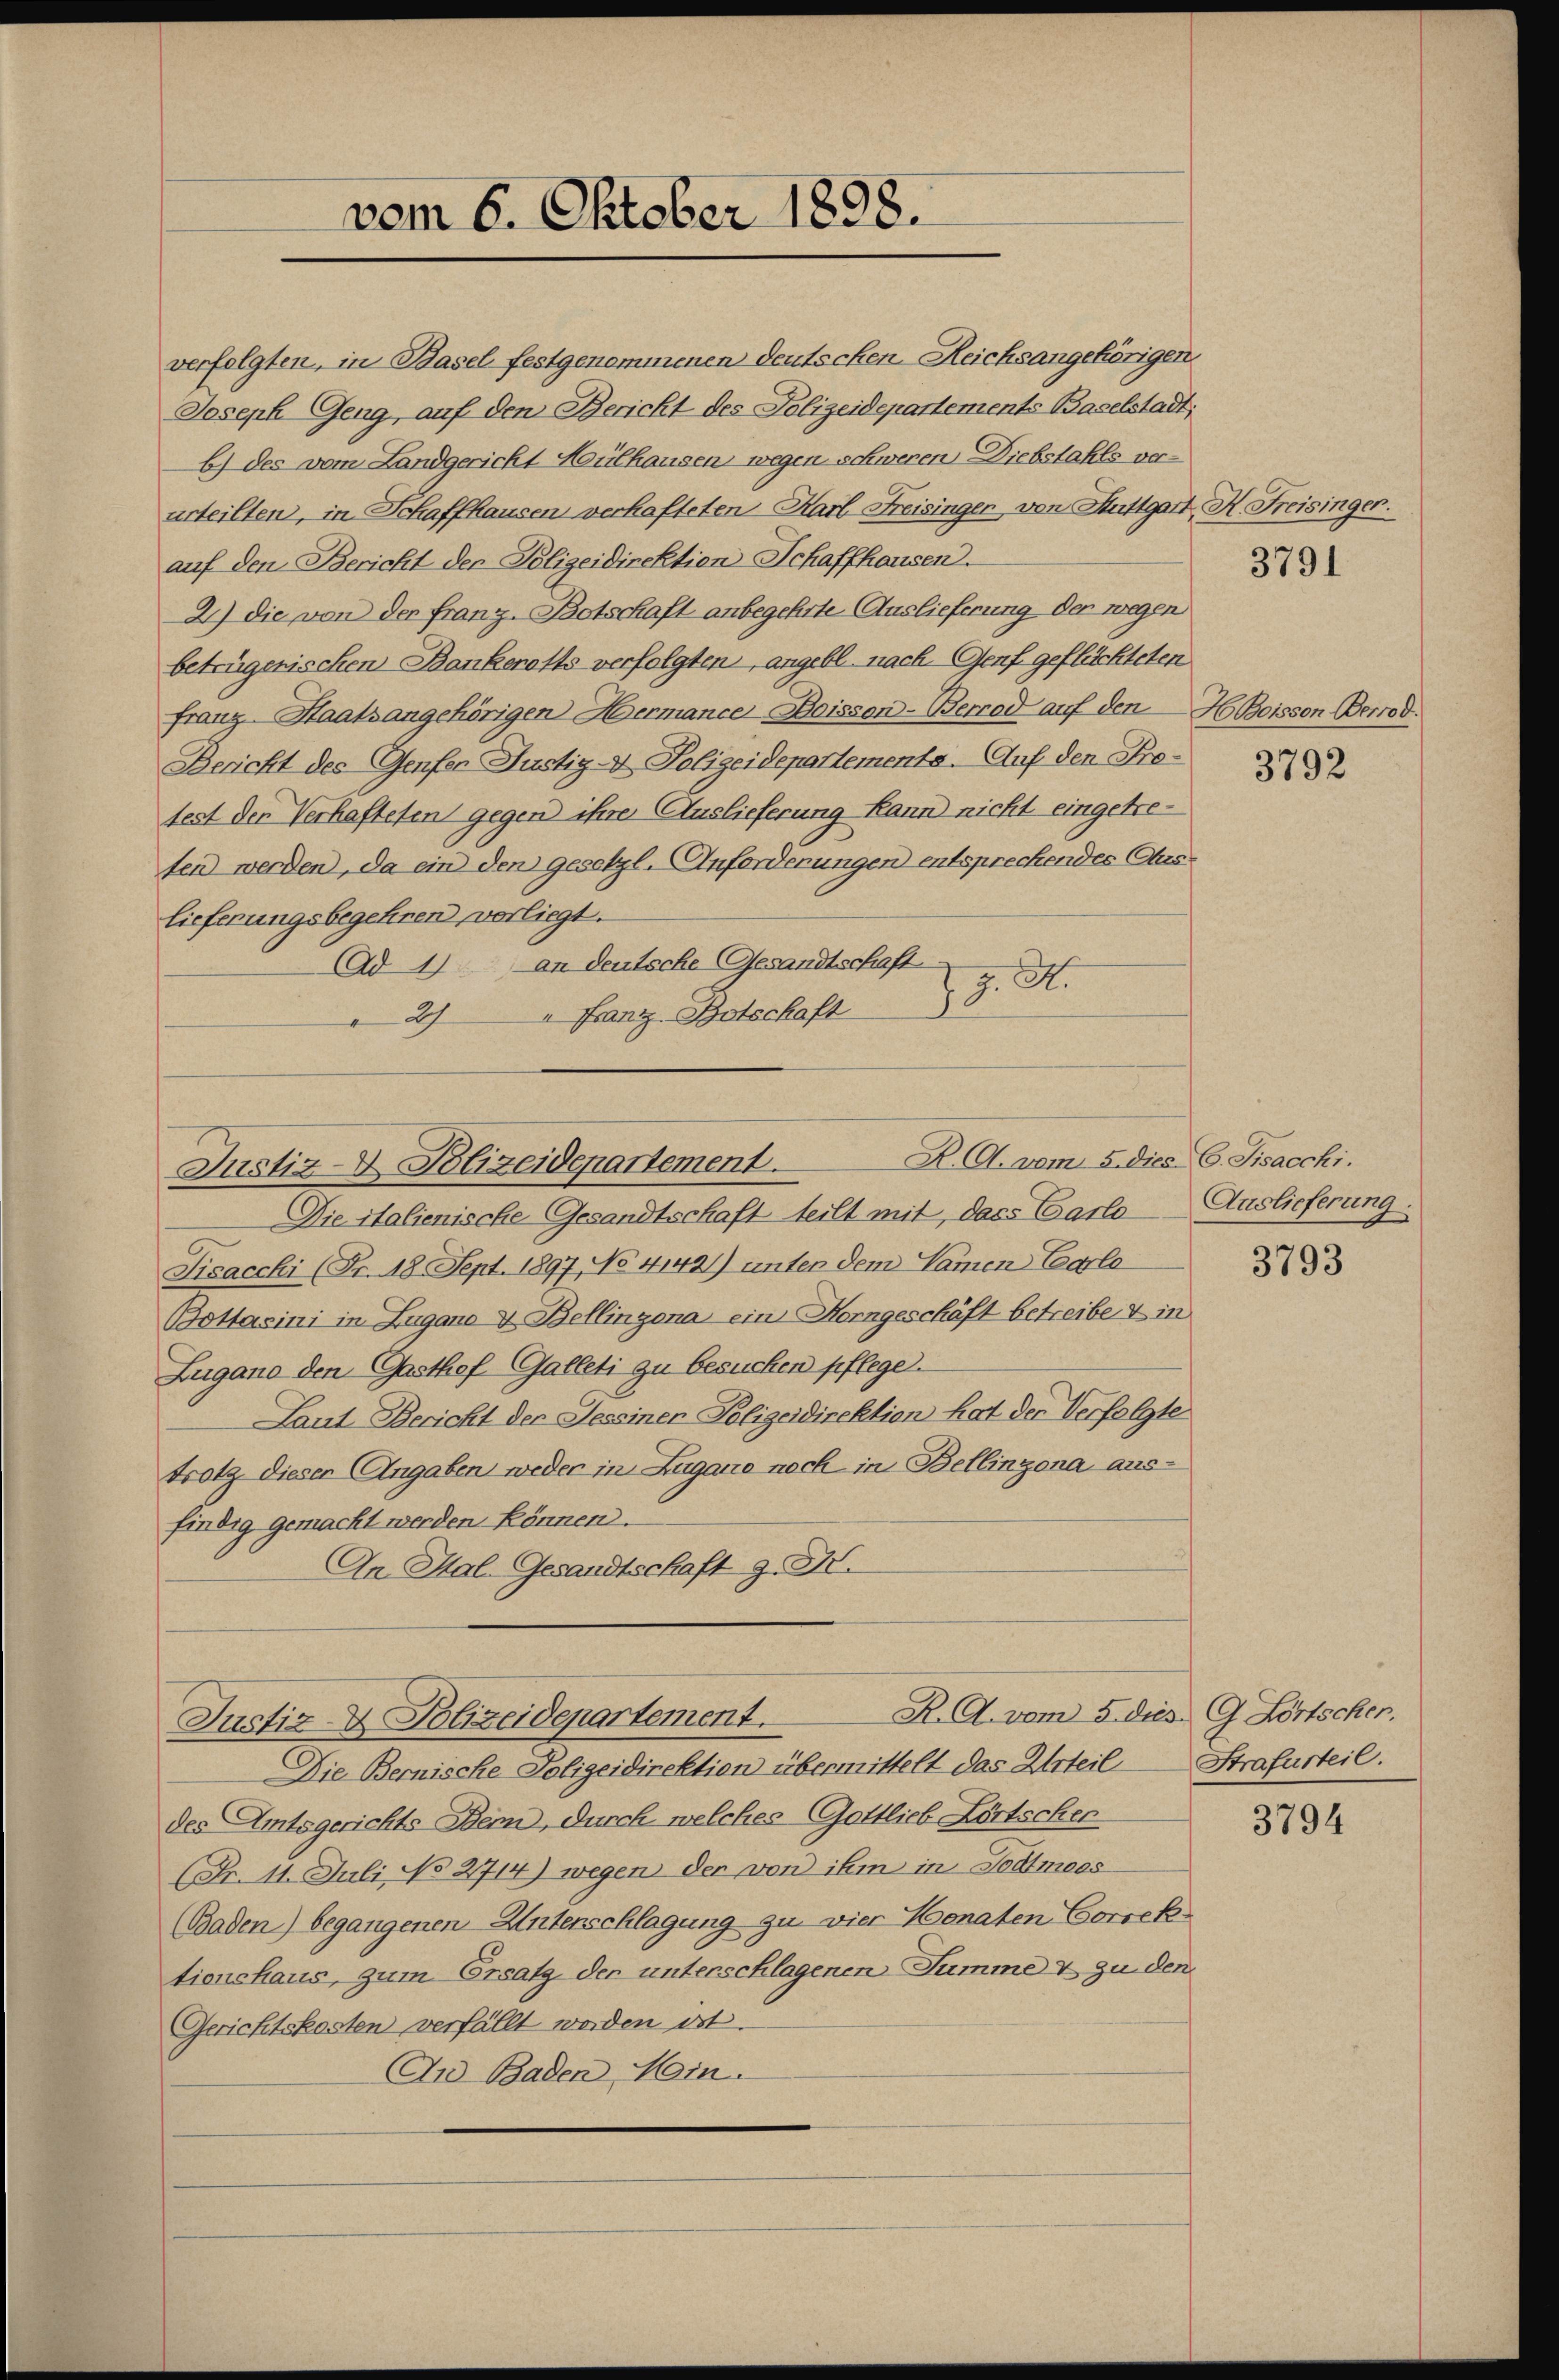
urteilten, in Schaffhausen verhafteten Karl Freisingen von Stuttgart
auf den Bericht der Polizeidirektion Schaffhausen.
2) die von der franz-Botschaft anbegehrte Auslieferung der wegen
betrügenischen Bankerotts verfolgten angebl. nach Genf geflüchteten
franz-Staatsangehörigen Hermance Boisson-Berrod auf den H. Boisson Berrod.
Bericht des Genfer Justig - Polizeidepartemente. Auf den Profest der Verhafteten gegen ihre Auslieferung kann nicht eingetreten werden, da ein den gesetzl. Anforderungen entsprechendes Curslieferungsbegehren, verliegt.
Ad 1) an deutsche Gesandtschaft
J. A.
2) " Franz-Botschaft

vom 6. Oktober 1898.

verfolgten, in Basel festgenommenen Deutschen Reichsangehörigen
Joseph Geng, auf den Bericht des Polizeidepartements Baselstadt;
b) des vom Landgericht Mülhausen wegen schweren Diebstahls ver¬

R. A. vom 5. dies C. Fisacchi.
Justiz- & Polizeidepartement.

Die italienische Gesandtschaft teilt mit, dass Carlo Auslieferung
Fisacchi (Fr. 18. Sept. 1897, No 1142) unter dem Namen Carle
Bottasini in Zugano u. Bellingena ein Horngeschäft betreibe & in
Zugano den Gasthef-Galleti zu besuchen pflege.
Laut Bericht der Sessiner Polizeidirektion hat der Verfolgte
trotz diesen Angaben weder in Zugano noch in Bellinzona ausfindig gemacht werden können.
An Hal-Gesandtschaft z. B.
R. A. vom 5. dies G. Lörtscher.
Justiz- & Polizeidepartement.
Die Bernische Polizeidirektion übermittelt das Urteil
des Amtsgerichts Bern, durch welches Gottlieb Lörtschen
(Fr. 11. Juli No 2714) wegen der von ihm in Todtmaas
(Baden) begangenen Unterschlagung zu vier Honaten Correk
tionshaus, zum Ersatz der unterschlagenen Summe & zu den
Gerichtskosten verfällt worden ist.
An Baden Min.

H. Freisinger.

3791

3792

3793

Strafurteil.

3794